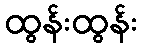
ထွန်းထွန်း